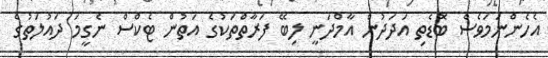
އެހެންނަމަވެސް ބޮޑެތި އަދަދުން އާމްދަނީ ލިބޭ ފަރާތްތަކުގެ އަތުން ޓެކްސް ނެގީމަ ދައުލަތުގެ